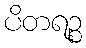
ပိတရဉ္စ